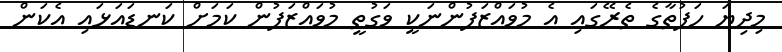
މިދިޔަ ހަފުތާގެ ތެރޭގައި އެ މުވައްޒަފުންނަކީ ވަގުތީ މުވައްޒަފުން ކަމަށް ކަނޑައަޅައި އެކަން